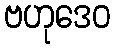
ဗဟုဒေဝ